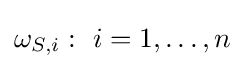
\omega _{S,i}:{\text{ }}i=1,\ldots ,n